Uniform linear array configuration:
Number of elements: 24
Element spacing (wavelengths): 0.5
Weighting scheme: uniform
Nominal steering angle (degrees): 15
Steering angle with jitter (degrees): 13.476
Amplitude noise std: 0.05
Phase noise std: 0.05

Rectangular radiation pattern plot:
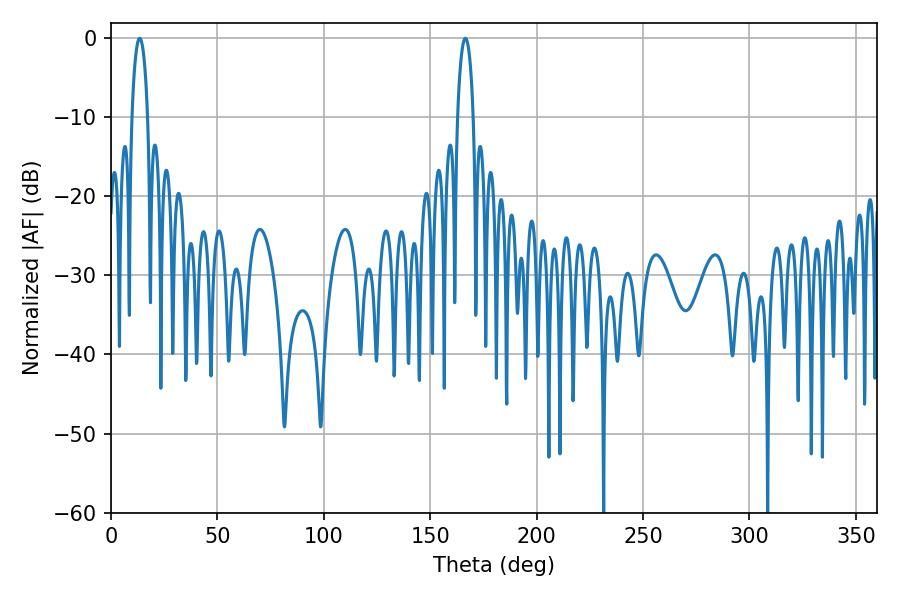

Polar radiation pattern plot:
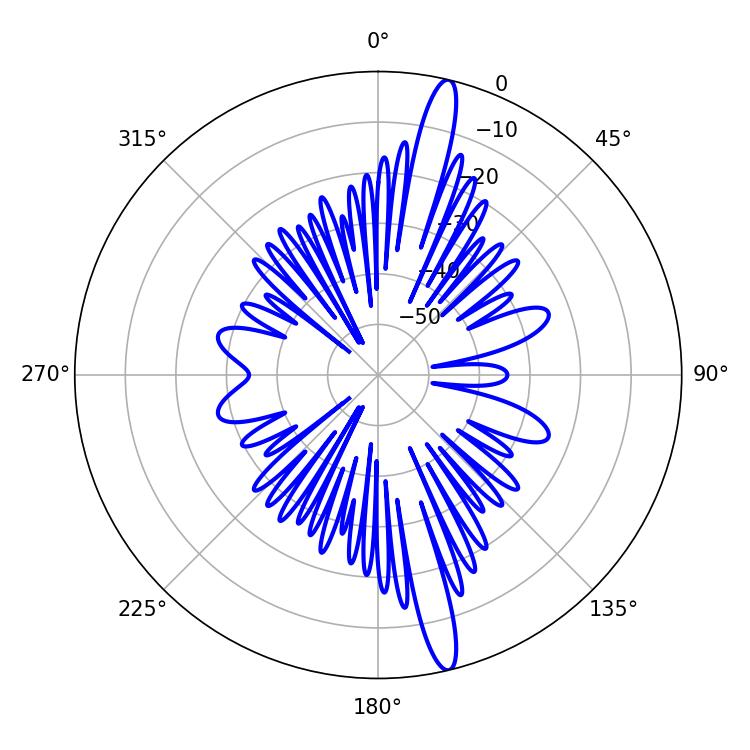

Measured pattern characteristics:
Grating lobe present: FALSE
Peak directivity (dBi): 17.021
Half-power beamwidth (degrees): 4.32
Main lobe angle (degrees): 13.5